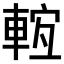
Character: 𨌊